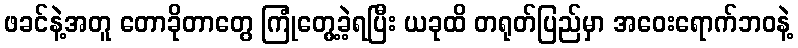
ဖခင်နဲ့အတူ တောခိုတာတွေ ကြုံတွေ့ခဲ့ရပြီး ယခုထိ တရုတ်ပြည်မှာ အဝေးရောက်ဘဝနဲ့